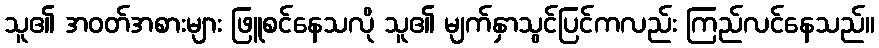
သူ၏ အဝတ်အစားများ ဖြူစင်နေသလို သူ၏ မျက်နှာသွင်ပြင်ကလည်း ကြည်လင်နေသည်။